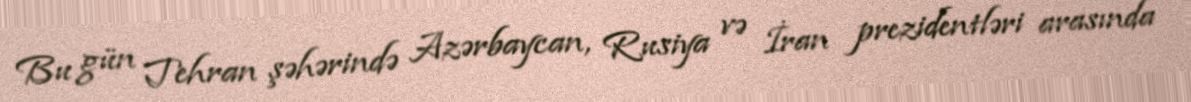
Bu gün Tehran şəhərində Azərbaycan, Rusiya və İran prezidentləri arasında